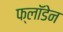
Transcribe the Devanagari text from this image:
फ्लॉडेन